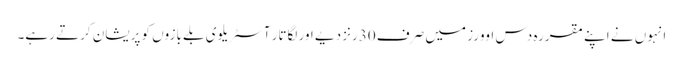
انہوں نے اپنے مقررہ دس اوورز میں صرف 30رنز دیے اور لگاتار آسٹریلوی بلے بازوں کو پریشان کرتے رہے۔